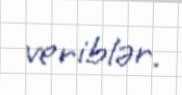
veriblər.